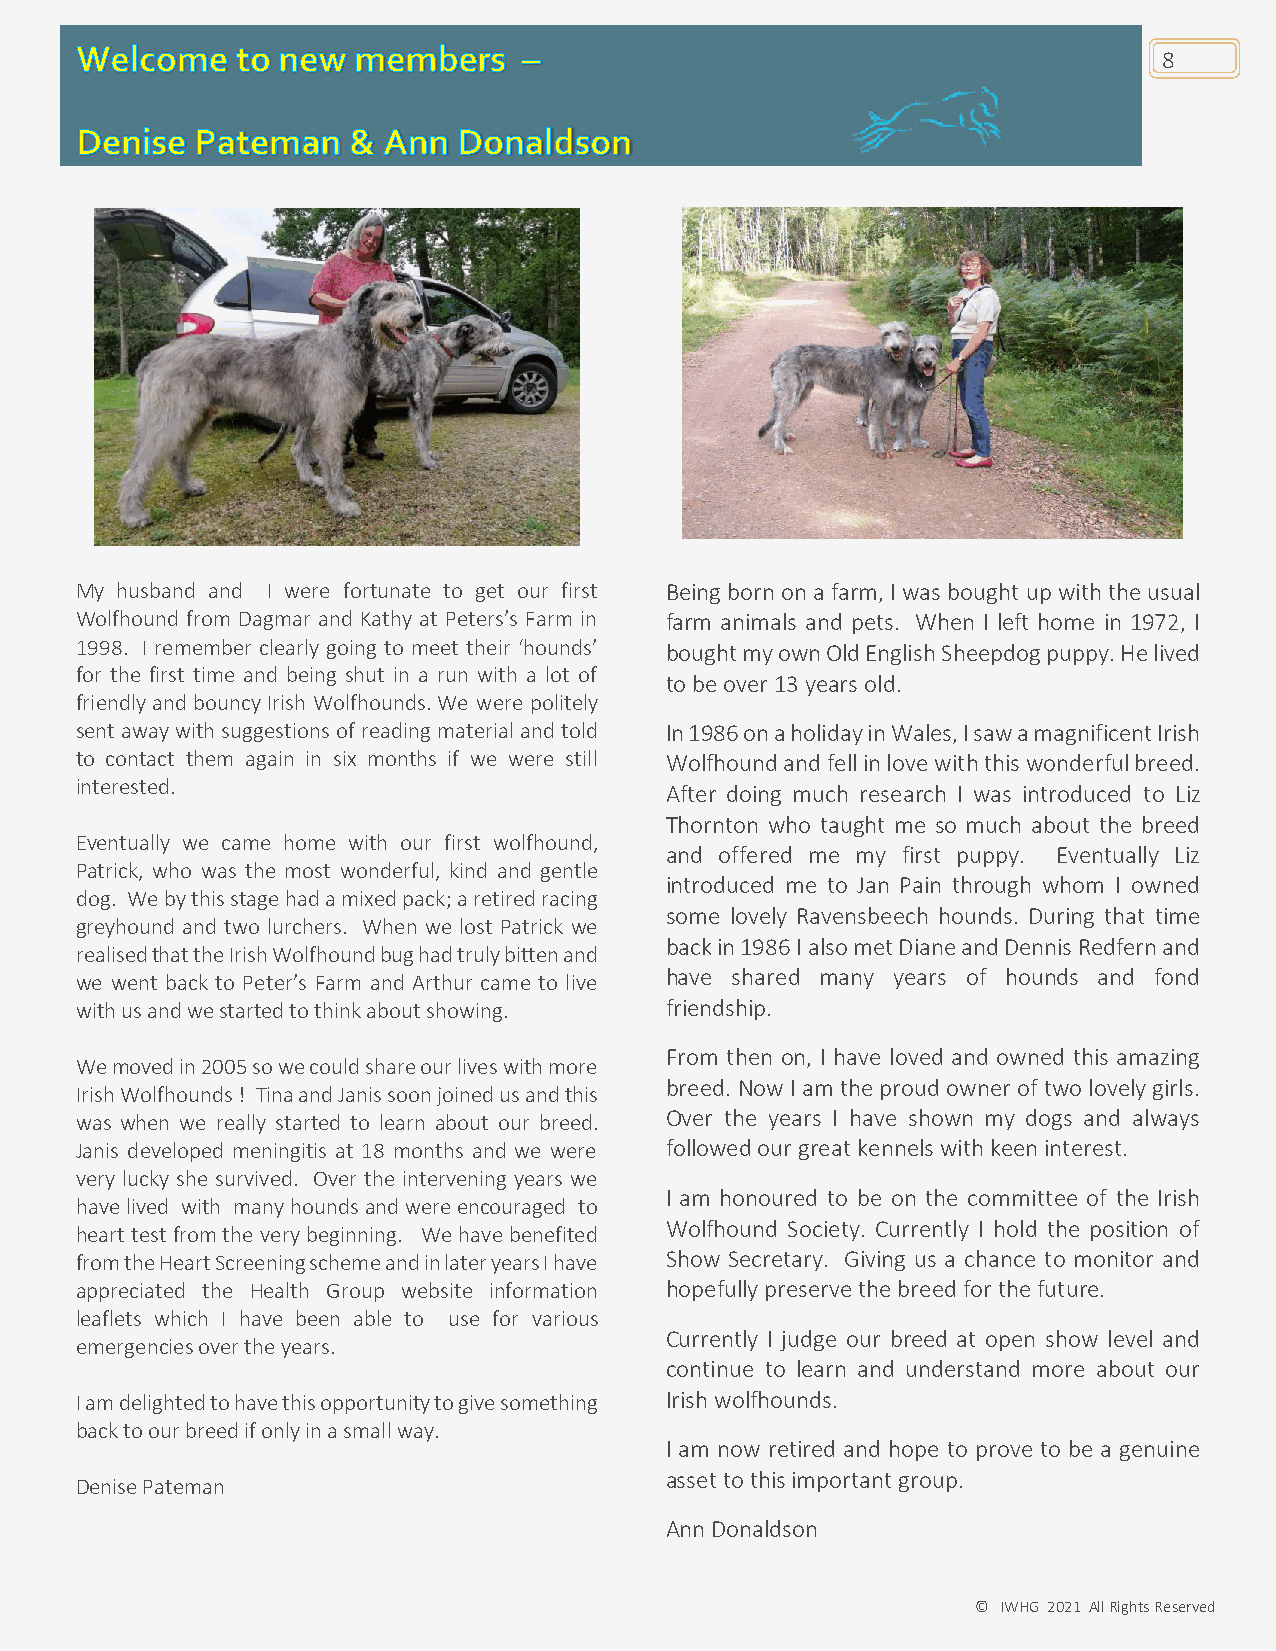
8
 My husband and I were fortunate to get our first Being born on a farm, I was bought up with the usual
 Wolfhound from Dagmar and Kathy at Peters’s Farm in farm animals and pets. When I left home in 1972, I
 1998. I remember clearly going to meet their ‘hounds’ bought my own Old English Sheepdog puppy. He lived
 for the first time and being shut in a run with a lot of
 to be over 13 years old.
 friendly and bouncy Irish Wolfhounds. We were politely
 sent away with suggestions of reading material and told In 1986 on a holiday in Wales, I saw a magnificent Irish
 to contact them again in six months if we were still Wolfhound and fell in love with this wonderful breed.
 interested.                            After doing much research I was introduced to Liz
 Thornton who taught me so much about the breed
 Eventually we came home with our first wolfhound,
 and offered me my first puppy. Eventually Liz
 Patrick, who was the most wonderful, kind and gentle
 introduced me to Jan Pain through whom I owned
 dog. We by this stage had a mixed pack; a retired racing
 some lovely Ravensbeech hounds. During that time
 greyhound and two lurchers. When we lost Patrick we
 back in 1986 I also met Diane and Dennis Redfern and
 realised that the Irish Wolfhound bug had truly bitten and
 have shared many years of hounds and fond
 we went back to Peter’s Farm and Arthur came to live
 with us and we started to think about showing. friendship.
 From then on, I have loved and owned this amazing
 We moved in 2005 so we could share our lives with more
 breed. Now I am the proud owner of two lovely girls.
 Irish Wolfhounds ! Tina and Janis soon joined us and this
 was when we really started to learn about our breed. Over the years I have shown my dogs and always
 Janis developed meningitis at 18 months and we were followed our great kennels with keen interest.
 very lucky she survived. Over the intervening years we
 I am honoured to be on the committee of the Irish
 have lived with many hounds and were encouraged to
 Wolfhound Society. Currently I hold the position of
 heart test from the very beginning. We have benefited
 from the Heart Screening scheme and in later years I have Show Secretary. Giving us a chance to monitor and
 appreciated the Health Group website information hopefully preserve the breed for the future.
 leaflets which I have been able to use for various
 Currently I judge our breed at open show level and
 emergencies over the years.
 continue to learn and understand more about our
 I am delighted to have this opportunity to give something Irish wolfhounds.
 back to our breed if only in a small way.
 I am now retired and hope to prove to be a genuine
 asset to this important group.
 Denise Pateman
 Ann Donaldson
 © IWHG 2021 All Rights Reserved